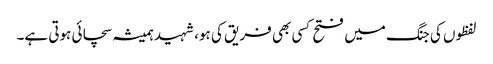
لفظوں کی جنگ میں فتح کسی بھی فریق کی ہو، شہید ہمیشہ سچائی ہوتی ہے۔